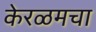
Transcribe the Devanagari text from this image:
केरळमचा